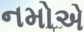
નમોએ